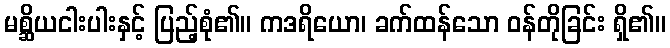
မစ္ဆိယငါးပါးနှင့် ပြည့်စုံ၏။ ကဒရိယော၊ ခက်ထန်သော ဝန်တိုခြင်း ရှိ၏။